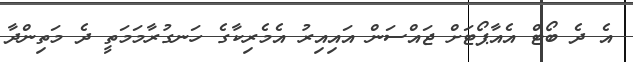
އެ ދެ ބޯޓް އެއާޕޯޓަށް ޖައްސަން އައިއިރު އެމެރިކާގެ ހަނގުރާމަމަތީ ދެ މަތިންދާ